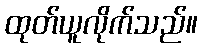
ထုတ်ယူလိုက်သည်။